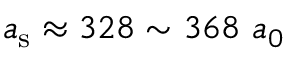
a _ { \mathrm { s } } \approx 3 2 8 \sim 3 6 8 ~ a _ { 0 }